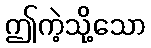
ဤကဲ့သို့သော